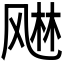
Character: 𬱾